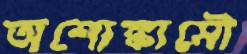
অশোঙ্কামৌ